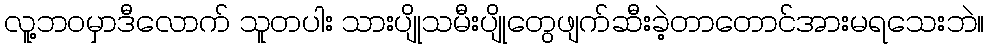
လူ့ဘဝမှာဒီလောက် သူတပါး သားပျိုသမီးပျိုတွေဖျက်ဆီးခဲ့တာတောင်အားမရသေးဘဲ။